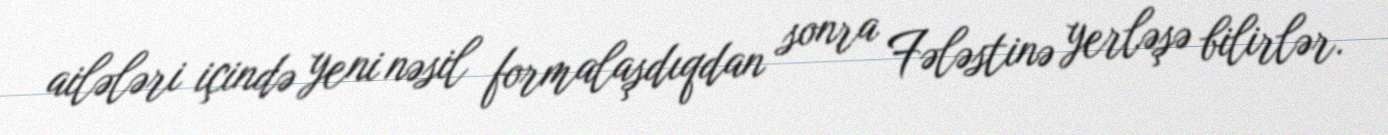
ailələri içində yeni nəsil formalaşdıqdan sonra Fələstinə yerləşə bilirlər.